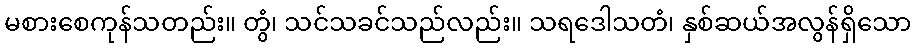
မစားစေကုန်သတည်း။ တွံ၊ သင်သခင်သည်လည်း။ သရဒေါသတံ၊ နှစ်ဆယ်အလွန်ရှိသော